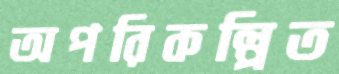
অপরিকল্পিত